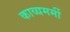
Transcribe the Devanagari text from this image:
काव्यमर्मी